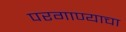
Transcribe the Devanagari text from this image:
परगाण्याचा